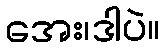
အေး၊ဒါပဲ။